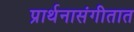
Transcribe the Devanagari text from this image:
प्रार्थनासंगीतात